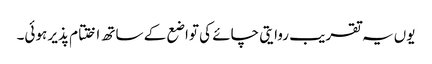
یوں یہ تقریب روایتی چائے کی تواضع کے ساتھ اختتام پذیر ہوئی۔